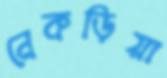
নেকড়িয়া